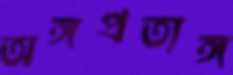
অঙ্গপ্রত্যঙ্গ